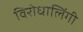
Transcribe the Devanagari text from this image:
विरोधालिंगी